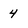
Character: 4